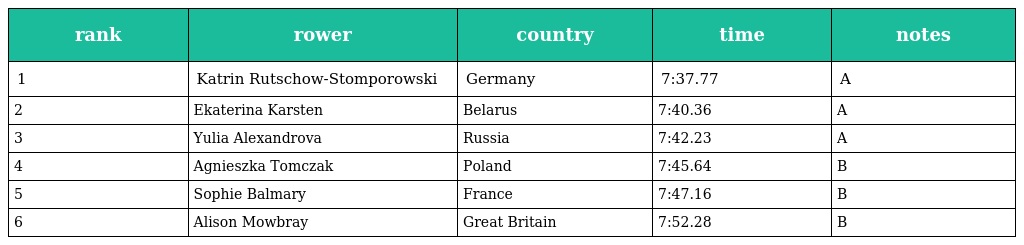
| rank | rower | country | time | notes |
 | --- | --- | --- | --- | --- |
 | 1 | Katrin Rutschow-Stomporowski | Germany | 7:37.77 | A |
 | 2 | Ekaterina Karsten | Belarus | 7:40.36 | A |
 | 3 | Yulia Alexandrova | Russia | 7:42.23 | A |
 | 4 | Agnieszka Tomczak | Poland | 7:45.64 | B |
 | 5 | Sophie Balmary | France | 7:47.16 | B |
 | 6 | Alison Mowbray | Great Britain | 7:52.28 | B |